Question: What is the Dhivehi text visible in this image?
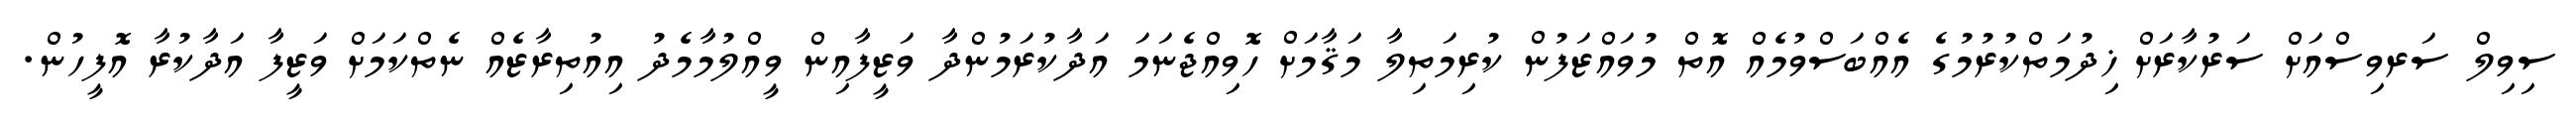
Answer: ސިވިލް ސަރވިސްއަށް ސަރުކާރަށް ޚިދުމަތްކުރުމުގެ އެއްބަސްވުމެއް އޮތް މުވައްޒަފުން ކުރިމަތިލާ މަޤާމަށް ހޮވިއްޖެނަމަ އަދާކުރަމުންދާ ވަޒީފާއިން ވީއްލުމާމެދު އިއުތިރާޒެއް ނެތްކަމަށް ވަޒީފާ އަދާކުރާ އޮފީހުން.